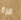
مرة